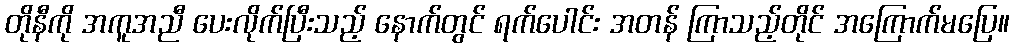
တိုနီကို အကူအညီ ပေးလိုက်ပြီးသည့် နောက်တွင် ရက်ပေါင်း အတန် ကြာသည့်တိုင် အကြောက်မပြေ။